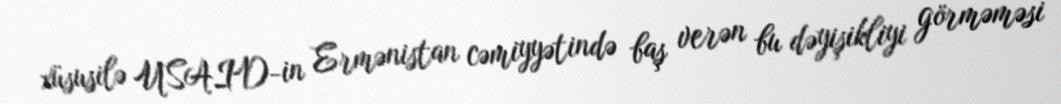
xüsusilə USAID-in Ermənistan cəmiyyətində baş verən bu dəyişikliyi görməməsi